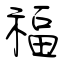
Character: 福